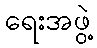
ရေးအဖွဲ့